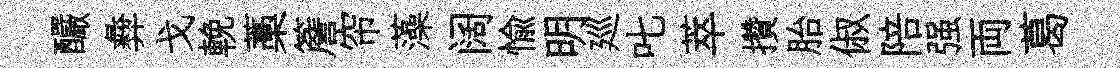
釅彜戈輓藁簷帘藻阔愉明廵叱萃攢胎俶陪强両葛